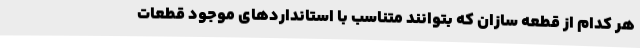
هر کدام از قطعه سازان که بتوانند متناسب با استانداردهای موجود قطعات